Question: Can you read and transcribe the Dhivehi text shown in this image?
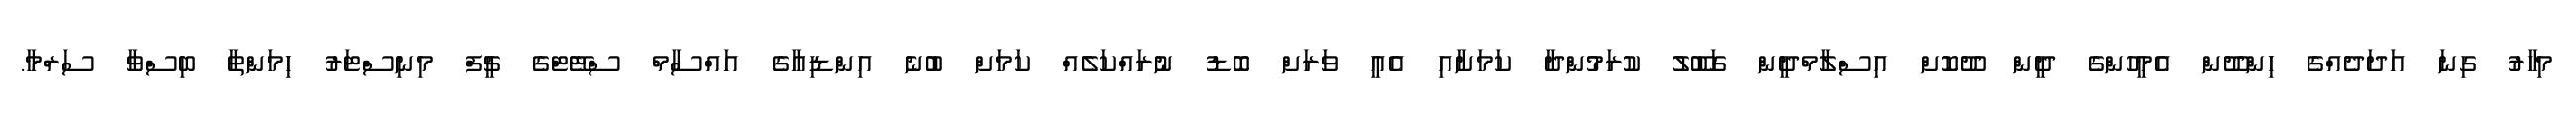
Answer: މިހާރު ގިނަ އަދަދެއްގެ ހިންދޫން އެމީހުންގެ ދީން ދޫކޮށް އިސްލާމްދީން ގަބޫލު ކުރަމުންދާ ކަމަށާއި އެއީ ވަރަށް ބޮޑު ނުރައްކަލެއް ކަމަށް ބުނެ އިންޑިއާގެ އައްސާމް ސްޓޭޓްގެ ޗީފް މިނިސްޓަރު ހިމަންތާ ބިސްވާ ސަރްމާ.